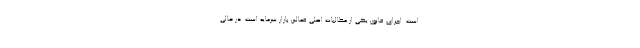
است. اجرای قانون یکی از مطالبات اصلی فعالین بازار سرمایه است. در حالی